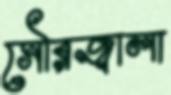
সৌরজ্বালা